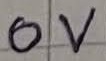
Text: 0V